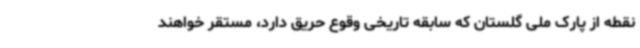
نقطه از پارک ملی گلستان که سابقه تاریخی وقوع حریق دارد، مستقر خواهند